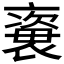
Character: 𧜍